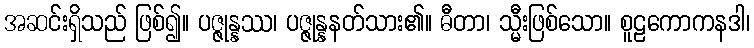
အဆင်းရှိသည် ဖြစ်၍။ ပဇ္ဇုန္နဿ၊ ပဇ္ဇုန္နနတ်သား၏။ ဓီတာ၊ သ္မီးဖြစ်သော။ စူဠကောကနဒါ၊